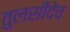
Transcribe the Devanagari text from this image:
तुलसीदेव